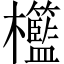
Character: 𣡓